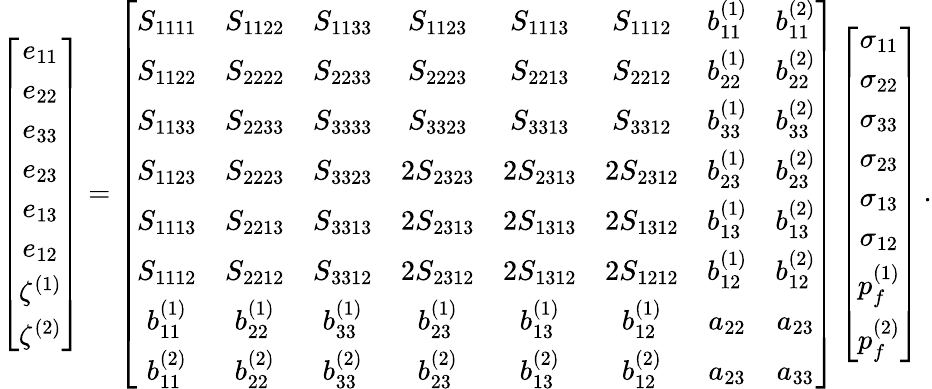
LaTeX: \left[\begin{array}{c}{e_{11}}\\ {e_{22}}\\ {e_{33}}\\ {e_{23}}\\ {e_{13}}\\ {e_{12}}\\ {\zeta^{(1)}}\\ {\zeta^{(2)}}\end{array}\right]=\left[\begin{array}{cccccccc}{S_{1111}}&{S_{1122}}&{S_{1133}}&{S_{1123}}&{S_{1113}}&{S_{1112}}&{b_{11}^{(1)}}&{b_{11}^{(2)}}\\ {S_{1122}}&{S_{2222}}&{S_{2233}}&{S_{2223}}&{S_{2213}}&{S_{2212}}&{b_{22}^{(1)}}&{b_{22}^{(2)}}\\ {S_{1133}}&{S_{2233}}&{S_{3333}}&{S_{3323}}&{S_{3313}}&{S_{3312}}&{b_{33}^{(1)}}&{b_{33}^{(2)}}\\ {S_{1123}}&{S_{2223}}&{S_{3323}}&{2S_{2323}}&{2S_{2313}}&{2S_{2312}}&{b_{23}^{(1)}}&{b_{23}^{(2)}}\\ {S_{1113}}&{S_{2213}}&{S_{3313}}&{2S_{2313}}&{2S_{1313}}&{2S_{1312}}&{b_{13}^{(1)}}&{b_{13}^{(2)}}\\ {S_{1112}}&{S_{2212}}&{S_{3312}}&{2S_{2312}}&{2S_{1312}}&{2S_{1212}}&{b_{12}^{(1)}}&{b_{12}^{(2)}}\\ {b_{11}^{(1)}}&{b_{22}^{(1)}}&{b_{33}^{(1)}}&{b_{23}^{(1)}}&{b_{13}^{(1)}}&{b_{12}^{(1)}}&{a_{22}}&{a_{23}}\\ {b_{11}^{(2)}}&{b_{22}^{(2)}}&{b_{33}^{(2)}}&{b_{23}^{(2)}}&{b_{13}^{(2)}}&{b_{12}^{(2)}}&{a_{23}}&{a_{33}}\end{array}\right]\left[\begin{array}{c}{\sigma_{11}}\\ {\sigma_{22}}\\ {\sigma_{33}}\\ {\sigma_{23}}\\ {\sigma_{13}}\\ {\sigma_{12}}\\ {p_{f}^{(1)}}\\ {p_{f}^{(2)}}\end{array}\right]\, .